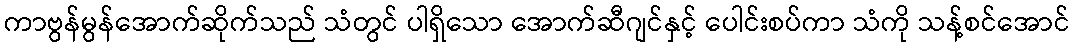
ကာဗွန်မွန်အောက်ဆိုက်သည် သံတွင် ပါရှိသော အောက်ဆီဂျင်နှင့် ပေါင်းစပ်ကာ သံကို သန့်စင်အောင်